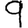
Digit: 9